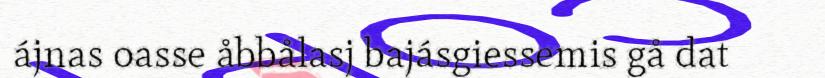
ájnas oasse åbbålasj bajásgiessemis gå dat